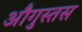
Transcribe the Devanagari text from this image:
औगुस्तस